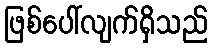
ဖြစ်ပေါ်လျက်ရှိသည်